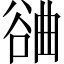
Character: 𣍂